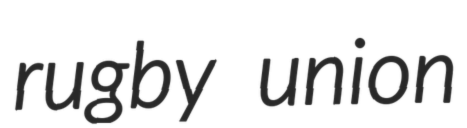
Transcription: rugby union